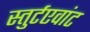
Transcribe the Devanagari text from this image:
स्तुर्टएवांट